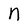
Character: n